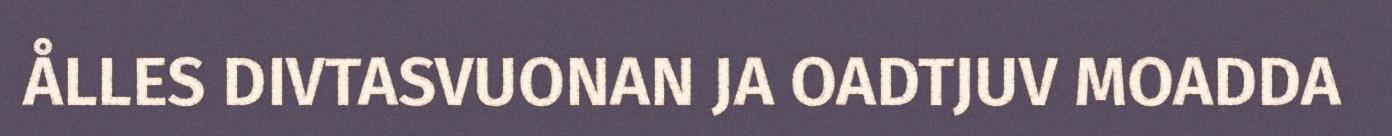
ÅLLES DIVTASVUONAN JA OADTJUV MOADDA